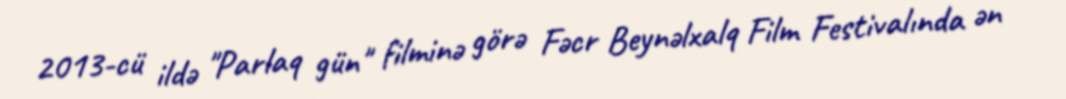
2013-cü ildə "Parlaq gün" filminə görə Fəcr Beynəlxalq Film Festivalında ən